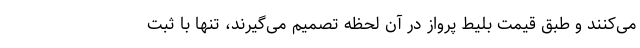
می‌کنند و طبق قیمت بلیط پرواز در آن لحظه تصمیم می‌گیرند، تنها با ثبت